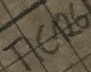
Text: TIC126